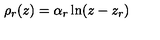
\rho _ { r } ( z ) = \alpha _ { r } \ln ( z - z _ { r } )